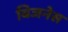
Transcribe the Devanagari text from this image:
बिजनेस